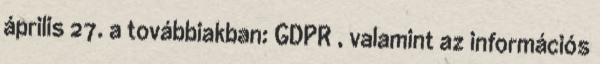
április 27. a továbbiakban: GDPR , valamint az információs